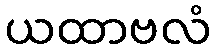
ယထာဗလံ